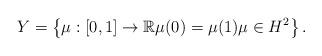
LaTeX: \begin{align*} Y = \left\{ \mu:[0,1]\to \mathbb{R} \mu(0)=\mu(1) \mu\in H^2 \right\}.\end{align*}